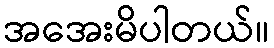
အအေးမိပါတယ်။